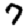
Digit: 7